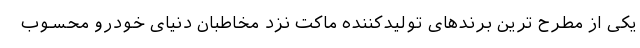
یکی از مطرح ترین برندهای تولیدکننده ماکت نزد مخاطبان دنیای خودرو محسوب